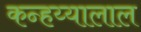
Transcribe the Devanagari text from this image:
कन्हय्यालाल